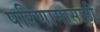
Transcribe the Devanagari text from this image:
परिणामासाठी